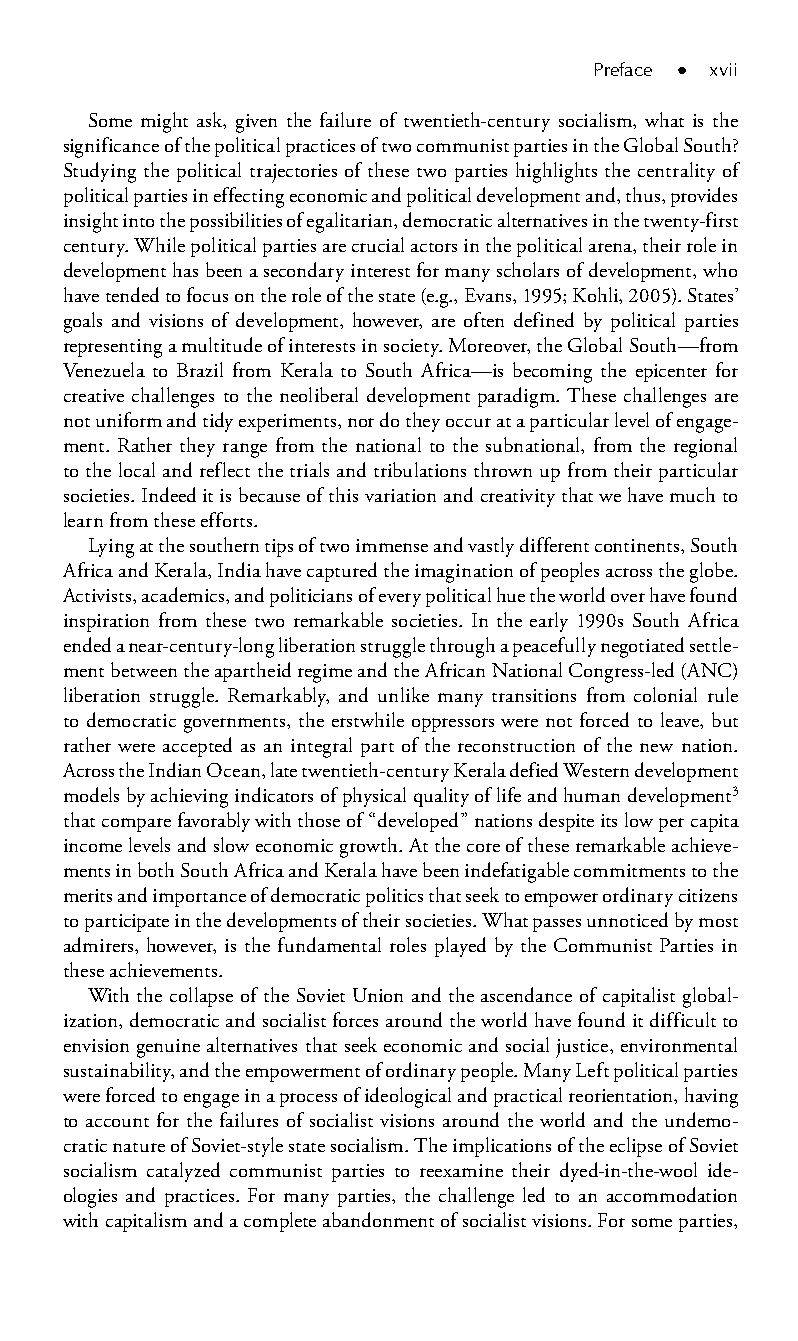
Preface ● xvii
 Some might ask, given the failure of twentieth-century socialism, what is the
 significance of the political practices of two communist parties in the Global South?
 Studying the political trajectories of these two parties highlights the centrality of
 political parties in effecting economic and political development and, thus, provides
 insight into the possibilities of egalitarian, democratic alternatives in the twenty-first
 century. While political parties are crucial actors in the political arena, their role in
 development has been a secondary interest for many scholars of development, who
 have tended to focus on the role of the state (e.g., Evans, 1995; Kohli, 2005). States’
 goals and visions of development, however, are often defined by political parties
 representing a multitude of interests in society. Moreover, the Global South—from
 Venezuela to Brazil from Kerala to South Africa—is becoming the epicenter for
 creative challenges to the neoliberal development paradigm. These challenges are
 not uniform and tidy experiments, nor do they occur at a particular level of engage-
 ment. Rather they range from the national to the subnational, from the regional
 to the local and reflect the trials and tribulations thrown up from their particular
 societies. Indeed it is because of this variation and creativity that we have much to
 learn from these efforts.
 Lying at the southern tips of two immense and vastly different continents, South
 Africa and Kerala, India have captured the imagination of peoples across the globe.
 Activists, academics, and politicians of every political hue the world over have found
 inspiration from these two remarkable societies. In the early 1990s South Africa
 ended a near-century-long liberation struggle through a peacefully negotiated settle-
 ment between the apartheid regime and the African National Congress-led (ANC)
 liberation struggle. Remarkably, and unlike many transitions from colonial rule
 to democratic governments, the erstwhile oppressors were not forced to leave, but
 rather were accepted as an integral part of the reconstruction of the new nation.
 Across the Indian Ocean, late twentieth-century Kerala defied Western development
 models by achieving indicators of physical quality of life and human development3
 that compare favorably with those of “developed” nations despite its low per capita
 income levels and slow economic growth. At the core of these remarkable achieve-
 ments in both South Africa and Kerala have been indefatigable commitments to the
 merits and importance of democratic politics that seek to empower ordinary citizens
 to participate in the developments of their societies. What passes unnoticed by most
 admirers, however, is the fundamental roles played by the Communist Parties in
 these achievements.
 With the collapse of the Soviet Union and the ascendance of capitalist global-
 ization, democratic and socialist forces around the world have found it difficult to
 envision genuine alternatives that seek economic and social justice, environmental
 sustainability, and the empowerment of ordinary people. Many Left political parties
 were forced to engage in a process of ideological and practical reorientation, having
 to account for the failures of socialist visions around the world and the undemo-
 cratic nature of Soviet-style state socialism. The implications of the eclipse of Soviet
 socialism catalyzed communist parties to reexamine their dyed-in-the-wool ide-
 ologies and practices. For many parties, the challenge led to an accommodation
 with capitalism and a complete abandonment of socialist visions. For some parties,
 99778800223300660066440011ttss0011..iinndddd xxvviiii 33//2277//22000088 33::0000::0066 PPMM